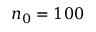
n _ { 0 } = 1 0 0